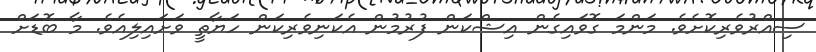
ސިއްރުވެރިކޮށެވެ. މަންމަ ގޮވައިގެން އިޝްކަން ފުރުމުން އެކަނިވެރިކަން ހަޔާތީ ވަށައިލިއެވެ. މާ ބޮޑަށް